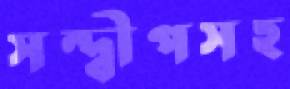
সন্দ্বীপসহ